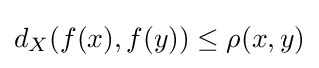
d_{X}(f(x),f(y))\leq \rho (x,y)